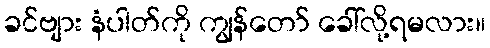
ခင်ဗျား နံပါတ်ကို ကျွန်တော် ခေါ်လို့ရမလား။